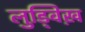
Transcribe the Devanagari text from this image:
लुड्विख़